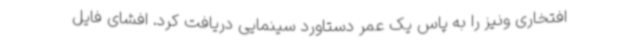
افتخاری ونیز را به ‌پاس یک عمر دستاورد سینمایی دریافت کرد. افشای فایل